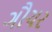
ગૌચર